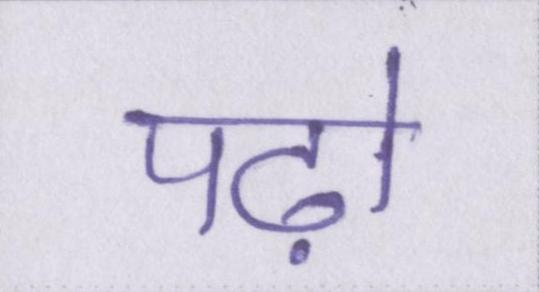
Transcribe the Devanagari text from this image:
पढ़ो